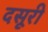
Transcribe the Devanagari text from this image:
दसूरी